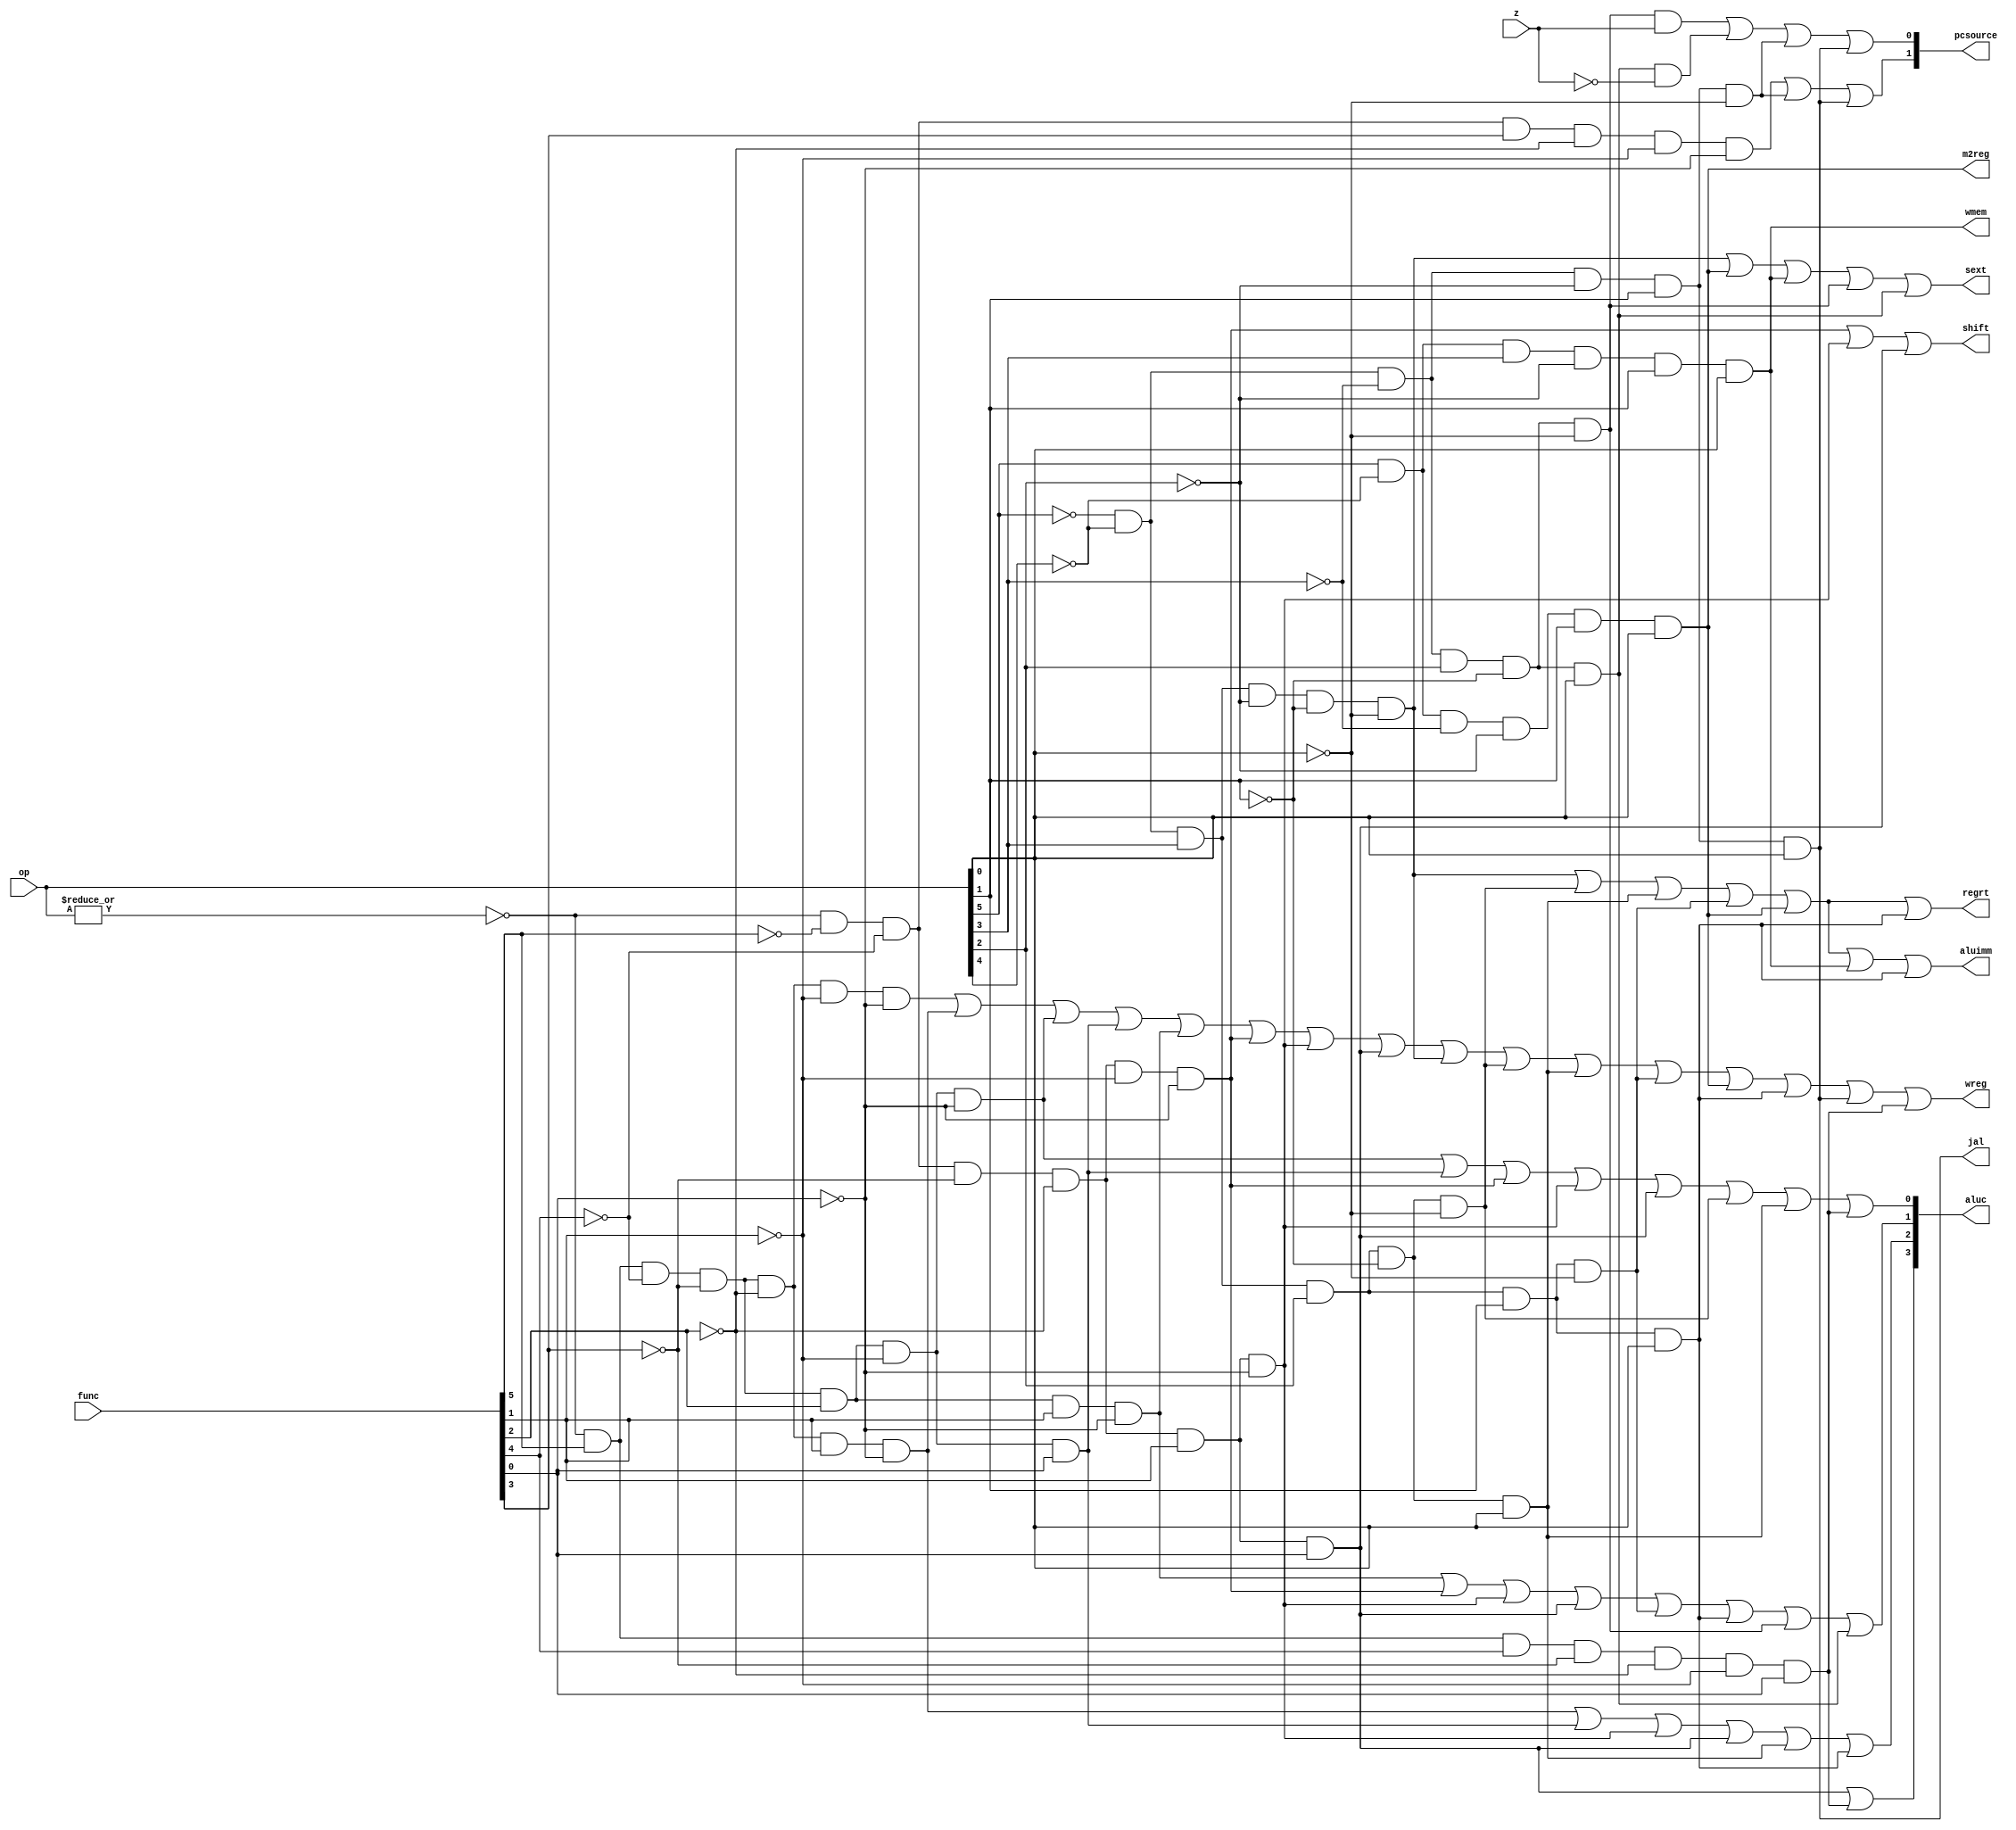
module sc_cu (op, func, z, wmem, wreg, regrt, m2reg, aluc, shift,
              aluimm, pcsource, jal, sext);
   input  [5:0] op, func;
   input        z;
   output       wreg, regrt, jal, m2reg, shift, aluimm, sext, wmem;
   output [3:0] aluc;
   output [1:0] pcsource;
   wire r_type = ~|op;			//  R 
   wire i_add = r_type & func[5] & ~func[4] & ~func[3] &
                  ~func[2] & ~func[1] & ~func[0];           // 100000
   wire i_sub = r_type & func[5] & ~func[4] & ~func[3] &
                  ~func[2] &  func[1] & ~func[0];           // 100010
      
   //  please complete the deleted code.
   
   wire i_and = r_type & func[5] & ~func[4] & ~func[3] & 
                  func[2] & ~func[1] & ~func[0];            // 100100
   wire i_hamming = r_type & func[5] & func[4] & ~func[3] & 
                  ~func[2] & ~func[1] & func[0];            // 110001, new!
   wire i_or  = r_type & func[5] & ~func[4] & ~func[3] & 
                  func[2] & ~func[1] & func[0];             // 100101
   wire i_xor = r_type & func[5] & ~func[4] & ~func[3] & 
                  func[2] & func[1] & ~func[0];             // 100110
   wire i_sll = r_type & ~func[5] & ~func[4] & ~func[3] & 
                  ~func[2] & ~func[1] & ~func[0];           // 000000
   wire i_srl = r_type & ~func[5] & ~func[4] & ~func[3] & 
                  ~func[2] & func[1] & ~func[0];            // 000010
   wire i_sra = r_type & ~func[5] & ~func[4] & ~func[3] & 
                  ~func[2] & func[1] & func[0];             // 000011
   wire i_jr  = r_type & ~func[5] & ~func[4] & func[3] & 
                  ~func[2] & ~func[1] & ~func[0];           // 001000
                
   wire i_addi = ~op[5] & ~op[4] &  op[3] & ~op[2] & ~op[1] & ~op[0];   // 001000
   wire i_andi = ~op[5] & ~op[4] &  op[3] &  op[2] & ~op[1] & ~op[0];   // 001100
   
   wire i_ori  = ~op[5] & ~op[4] & op[3] & op[2] & ~op[1] & op[0];      // 001101
   wire i_xori = ~op[5] & ~op[4] & op[3] & op[2] & op[1] & ~op[0];      // 001110
   wire i_lw   = op[5] & ~op[4] & ~op[3] & ~op[2] & op[1] & op[0];      // 100011
   wire i_sw   = op[5] & ~op[4] & op[3] & ~op[2] & op[1] & op[0];       // 101011
   wire i_beq  = ~op[5] & ~op[4] & ~op[3] & op[2] & ~op[1] & ~op[0];    // 000100
   wire i_bne  = ~op[5] & ~op[4] & ~op[3] & op[2] & ~op[1] & op[0];     // 000101
   wire i_lui  = ~op[5] & ~op[4] & op[3] & op[2] & op[1] & op[0];       // 001111
   wire i_j    = ~op[5] & ~op[4] & ~op[3] & ~op[2] & op[1] & ~op[0];    // 000010
   wire i_jal  = ~op[5] & ~op[4] & ~op[3] & ~op[2] & op[1] & op[0];     // 000011
   
  
   assign pcsource[1] = i_jr | i_j | i_jal;
   assign pcsource[0] = ( i_beq & z ) | (i_bne & ~z) | i_j | i_jal ;
   //  0PC + 4
   //  1
   //  2
   //  3
   
   assign wreg = i_add | i_sub | i_and | i_or   | i_xor  |
                 i_sll | i_srl | i_sra | i_addi | i_andi |
                 i_ori | i_xori | i_lw | i_lui  | i_jal | i_hamming;
   //  1
   
   assign aluc[3] = i_sra | i_hamming;
   assign aluc[2] = i_sub | i_or | i_srl | i_sra | i_ori | i_lui;
   assign aluc[1] = i_xor | i_sll | i_srl | i_sra | i_xori | i_lui | i_beq | i_bne;
   assign aluc[0] = i_and | i_or | i_sll | i_srl | i_sra | i_andi | i_ori | i_hamming;
   // ALU 

   assign shift   = i_sll | i_srl | i_sra;
   //  1shift amount
   //  0

   assign aluimm  = i_addi | i_andi | i_ori | i_xori | i_lw | i_sw | i_lui;
   //  1
   //  0

   assign sext    = i_addi | i_lw | i_sw | i_beq | i_bne;
   //  1
   //  0

   assign wmem    = i_sw;
   //  1
   //  0
   
   assign m2reg   = i_lw;
   //  1
   //  0 ALU 
   
   assign regrt   = i_addi | i_andi | i_ori | i_xori | i_lw | i_lui;
   //  1 rt 
   //  0 rd 
   
   assign jal     = i_jal;
   //  1 PC + 4 
   //  0 ALU 

endmodule